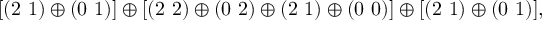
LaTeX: [ ( 2 ~ 1 ) \oplus ( 0 ~ 1 ) ] \oplus [ ( 2 ~ 2 ) \oplus ( 0 ~ 2 ) \oplus ( 2 ~ 1 ) \oplus ( 0 ~ 0 ) ] \oplus [ ( 2 ~ 1 ) \oplus ( 0 ~ 1 ) ] ,